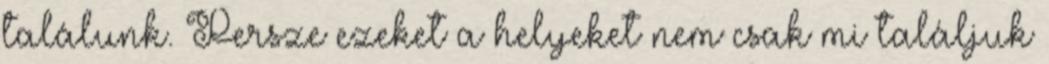
találunk. Persze ezeket a helyeket nem csak mi találjuk